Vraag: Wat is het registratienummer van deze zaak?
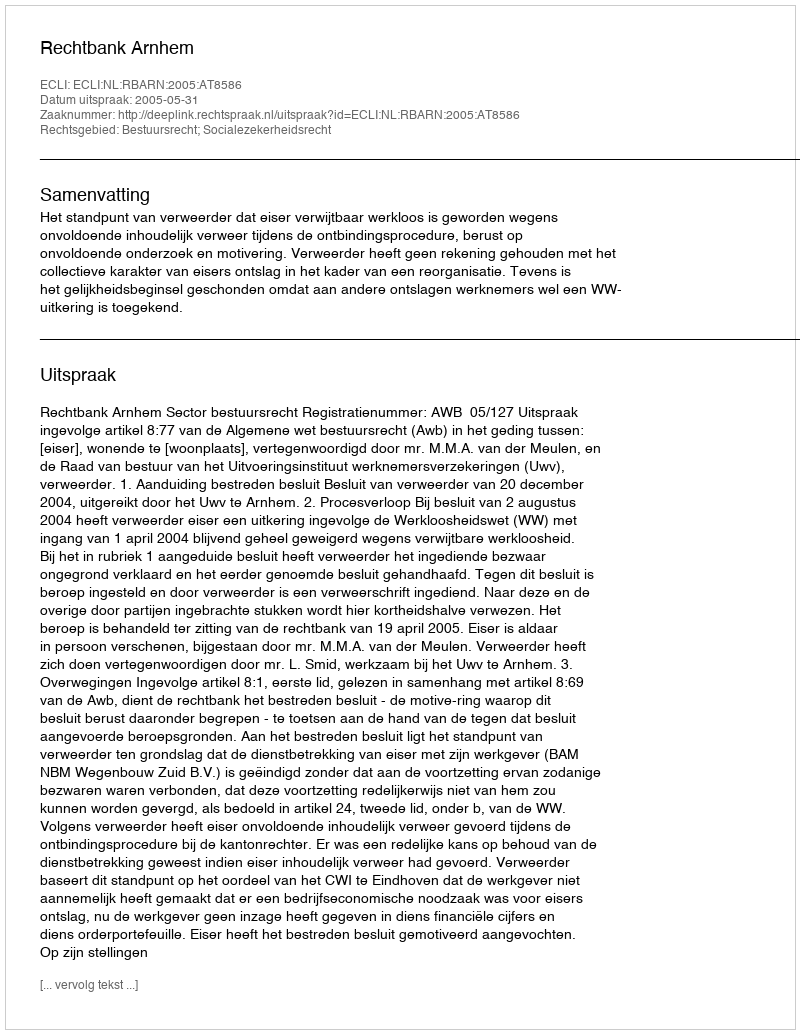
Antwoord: http://deeplink.rechtspraak.nl/uitspraak?id=ECLI:NL:RBARN:2005:AT8586